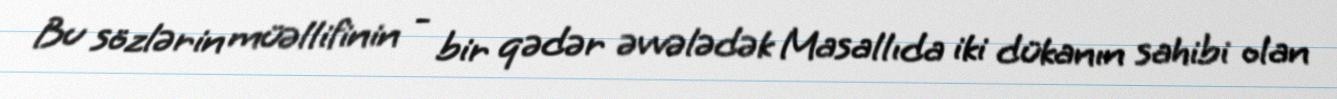
Bu sözlərin müəllifinin - bir qədər əvvələdək Masallıda iki dükanın sahibi olan